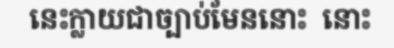
នេះក្លាយជាច្បាប់មែននោះ  នោះ